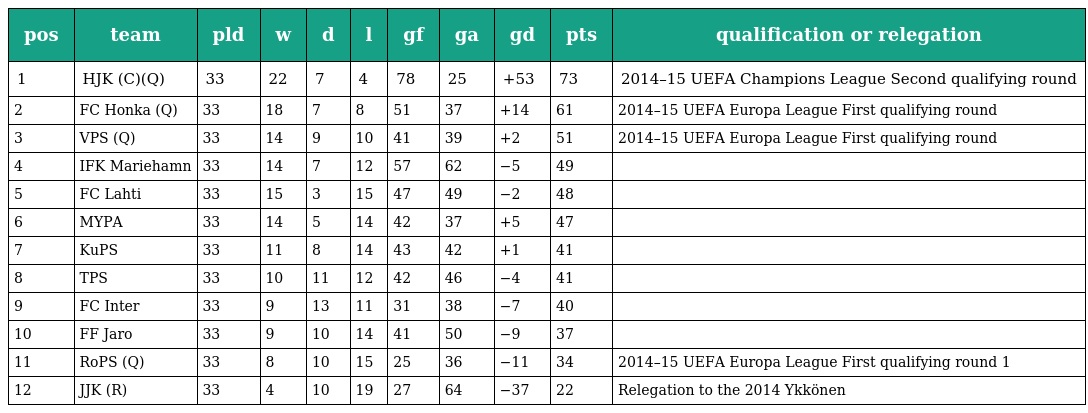
| pos | team | pld | w | d | l | gf | ga | gd | pts | qualification or relegation |
 | --- | --- | --- | --- | --- | --- | --- | --- | --- | --- | --- |
 | 1 | HJK (C)(Q) | 33 | 22 | 7 | 4 | 78 | 25 | +53 | 73 | 2014–15 UEFA Champions League Second qualifying round |
 | 2 | FC Honka (Q) | 33 | 18 | 7 | 8 | 51 | 37 | +14 | 61 | 2014–15 UEFA Europa League First qualifying round |
 | 3 | VPS (Q) | 33 | 14 | 9 | 10 | 41 | 39 | +2 | 51 | 2014–15 UEFA Europa League First qualifying round |
 | 4 | IFK Mariehamn | 33 | 14 | 7 | 12 | 57 | 62 | −5 | 49 |  |
 | 5 | FC Lahti | 33 | 15 | 3 | 15 | 47 | 49 | −2 | 48 |  |
 | 6 | MYPA | 33 | 14 | 5 | 14 | 42 | 37 | +5 | 47 |  |
 | 7 | KuPS | 33 | 11 | 8 | 14 | 43 | 42 | +1 | 41 |  |
 | 8 | TPS | 33 | 10 | 11 | 12 | 42 | 46 | −4 | 41 |  |
 | 9 | FC Inter | 33 | 9 | 13 | 11 | 31 | 38 | −7 | 40 |  |
 | 10 | FF Jaro | 33 | 9 | 10 | 14 | 41 | 50 | −9 | 37 |  |
 | 11 | RoPS (Q) | 33 | 8 | 10 | 15 | 25 | 36 | −11 | 34 | 2014–15 UEFA Europa League First qualifying round 1 |
 | 12 | JJK (R) | 33 | 4 | 10 | 19 | 27 | 64 | −37 | 22 | Relegation to the 2014 Ykkönen |